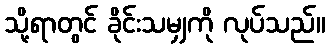
သို့ရာတွင် ခိုင်းသမျှကို လုပ်သည်။